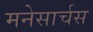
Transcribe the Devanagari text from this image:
मनेसार्चस